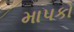
માપકો